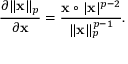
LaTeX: { \frac { \partial \| \mathbf { x } \| _ { p } } { \partial \mathbf { x } } } = { \frac { \mathbf { x } \circ | \mathbf { x } | ^ { p - 2 } } { \| \mathbf { x } \| _ { p } ^ { p - 1 } } } .